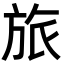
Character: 旅